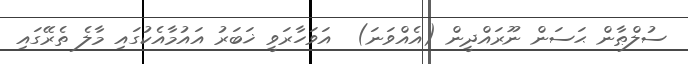
ސުލްޠާން ޙަސަން ނޫރައްދީން (އެއްވަނަ)  އަވަހާރަވީ ޚަބަރު އައުމާއެކުގައި މާލެ ތެރޭގައި